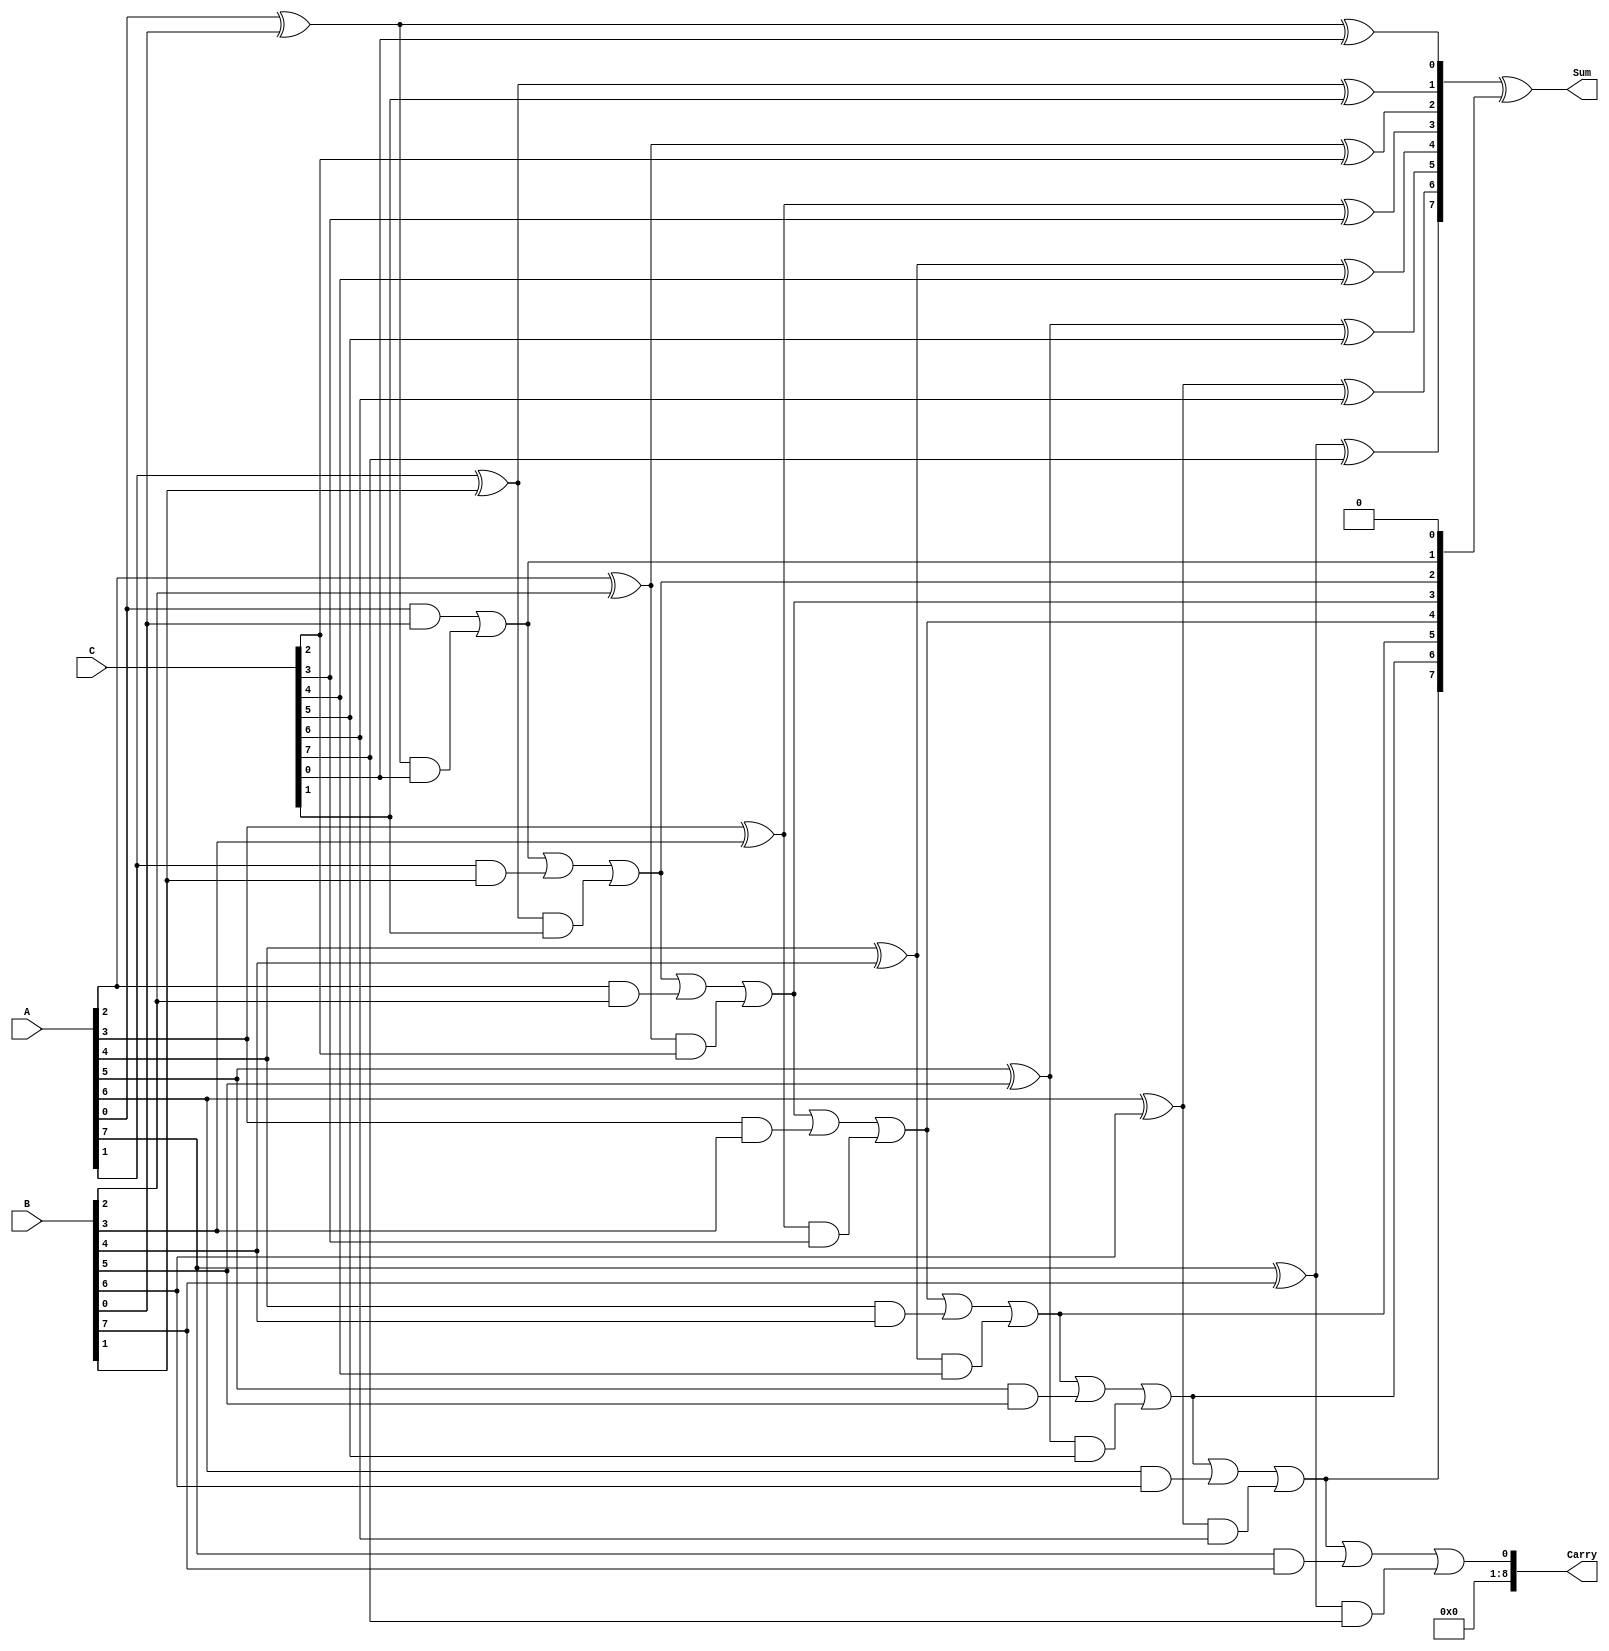
module CarrySaveAdder (
    input [N-1:0] A, // First input
    input [N-1:0] B, // Second input
    input [N-1:0] C, // Third input
    output [N-1:0] Sum, // Final sum output
    output [N:0] Carry // Final carry output
);
    parameter N = 8; // Width of the inputs

    wire [N-1:0] partial_sum1, partial_sum2;
    wire [N-1:0] carry1, carry2;

    // Generate partial sums and carries using full adders
    genvar i;
    generate
        for (i = 0; i < N; i = i + 1) begin : CSA
            // Full adder for A and B
            assign partial_sum1[i] = A[i] ^ B[i];
            assign carry1[i] = A[i] & B[i];

            // Full adder for partial_sum1 and C
            assign partial_sum2[i] = partial_sum1[i] ^ C[i];
            assign carry2[i] = partial_sum1[i] & C[i];
        end
    endgenerate

    // Final carry accumulation
    wire [N:0] carry_accumulated;
    assign carry_accumulated[0] = 0; // Initial carry is 0

    generate
        for (i = 0; i < N; i = i + 1) begin : CarryAccumulation
            assign carry_accumulated[i + 1] = carry_accumulated[i] | carry1[i] | carry2[i];
        end
    endgenerate

    // Final sum output
    assign Sum = partial_sum2 ^ carry_accumulated[N-1:0];
    assign Carry = carry_accumulated[N]; // Final carry output

endmodule